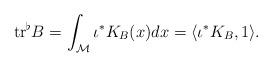
LaTeX: \begin{align*} {\rm tr}^\flat B=\int_\mathcal{M} \iota^*K_B(x) dx=\langle \iota^*K_B,1\rangle .\end{align*}